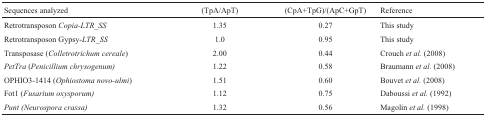
| Sequences analyzed | (TpA/ApT) | (CpA+TpG)/(ApC+GpT) | Reference |
 | --- | --- | --- | --- |
 | RetrotransposonCopia-LTR_SS | 1.35 | 0.27 | This study |
 | RetrotransposonGypsy-LTR_SS | 1.0 | 0.95 | This study |
 | Transposase (Colletrotrichumcereale) | 2.00 | 0.44 | Crouch et al. (2008) |
 | PetTra (Penicillium chrysogenum) | 1.22 | 0.58 | Braumann et al. (2008) |
 | OPHIO3-1414 (Ophiostomanovo-ulmi) | 1.51 | 0.60 | Bouvet et al. (2008) |
 | Fot1 (Fusariumoxysporum) | 1.12 | 0.75 | Daboussi et al. (1992) |
 | Punt (Neurospora crassa) | 1.32 | 0.56 | Magolin et al. (1998) |